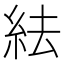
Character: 紶